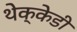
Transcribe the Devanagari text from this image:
थेक्केडी